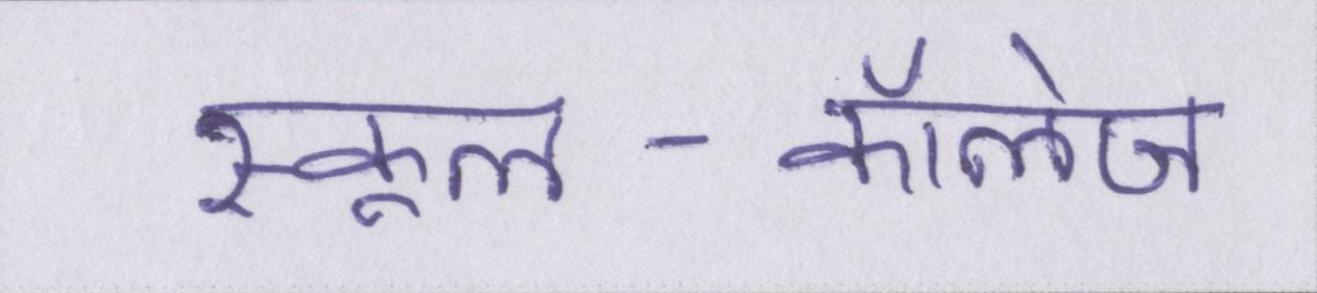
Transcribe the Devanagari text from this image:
स्कूल-कॉलेज